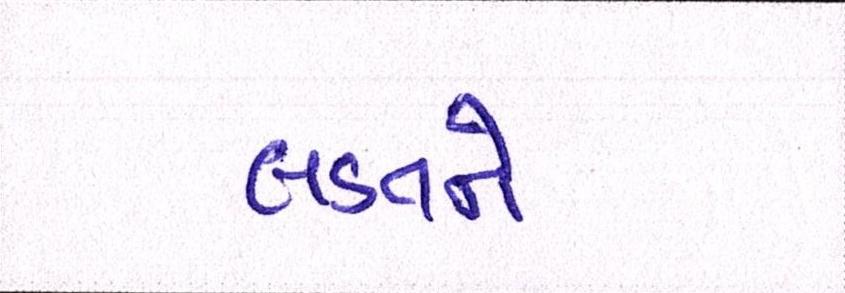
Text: લડતને